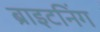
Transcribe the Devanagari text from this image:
ब्राइटनिंग